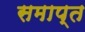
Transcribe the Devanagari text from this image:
समाप्त